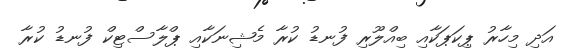
އަދި މިހާރު ޕިކަޕަކާއި ބިއްލޫރި ފުނޑު ކުރާ މެޝިނަކާއި ޕްލާސްޓިކް ފުނޑު ކުރާ